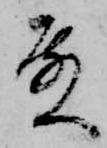
殿